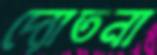
দ্যোতনা